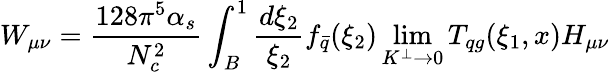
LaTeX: W_{\mu\nu}=\frac{128\pi^{5}\alpha_{s}}{N_{c}^{2}}\int_{B}^{1}\frac{d{\xi_{2}}}{\xi_{2}}f_{\bar{q}}(\xi_{2})\operatorname*{lim}_{K^{\perp}\rightarrow 0}T_{qg}(\xi_{1},x)H_{\mu\nu}